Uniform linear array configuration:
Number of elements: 12
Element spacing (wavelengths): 0.75
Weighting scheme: blackman
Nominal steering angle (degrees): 0
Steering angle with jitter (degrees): -1.453
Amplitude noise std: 0.05
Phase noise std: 0.05

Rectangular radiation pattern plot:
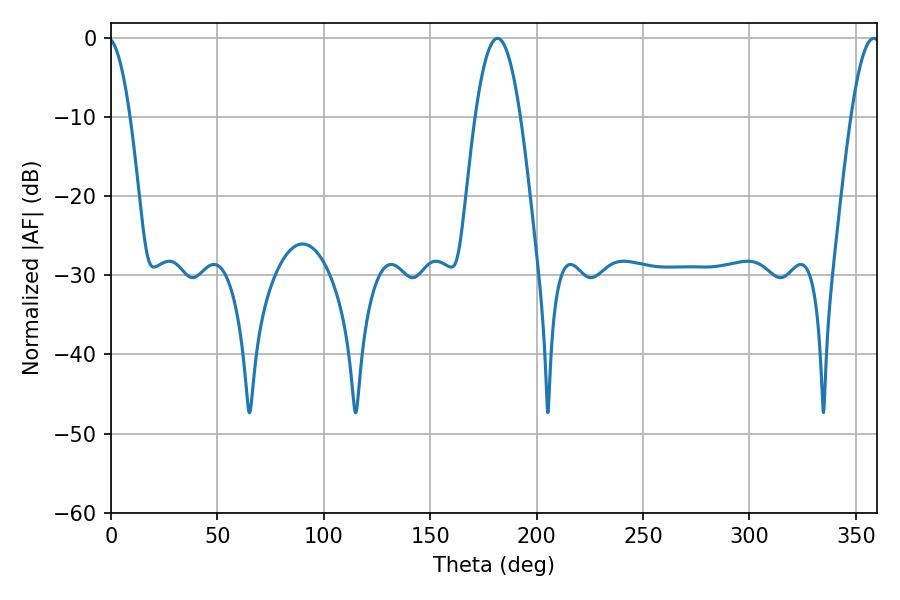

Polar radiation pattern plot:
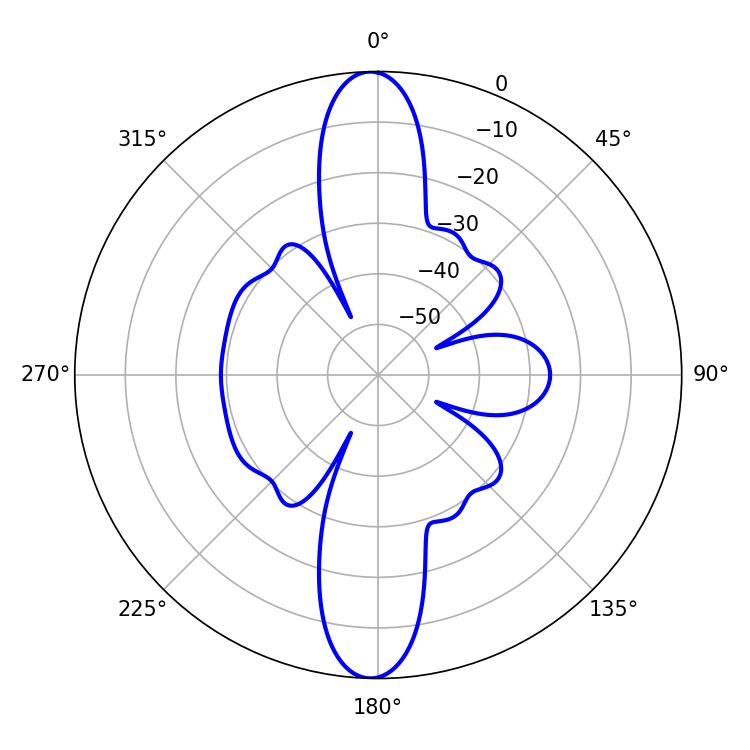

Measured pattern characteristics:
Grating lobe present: TRUE
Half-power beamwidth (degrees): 11.52
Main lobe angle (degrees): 181.62